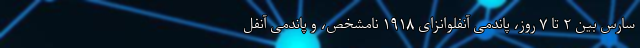
سارس بین ۲ تا ۷ روز، پاندمی آنفلوانزای ۱۹۱۸ نامشخص، و پاندمی آنفل